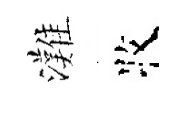
灘牧